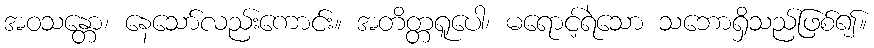
အဝသန္တော၊ နေသော်လည်းကောင်း။ အတိတ္တရူပေါ၊ မရောင့်ရဲသော သဘောရှိသည်ဖြစ်၍။